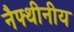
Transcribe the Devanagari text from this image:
नैफ्थीनीय